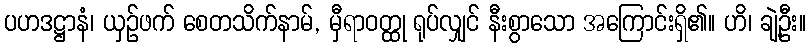
ပဟဒဋ္ဌာနံ၊ ယှဉ်ဖက် စေတသိက်နာမ်, မှီရာဝတ္ထု ရုပ်လျှင် နီးစွာသော အကြောင်းရှိ၏။ ဟိ၊ ချဲ့ဦး။